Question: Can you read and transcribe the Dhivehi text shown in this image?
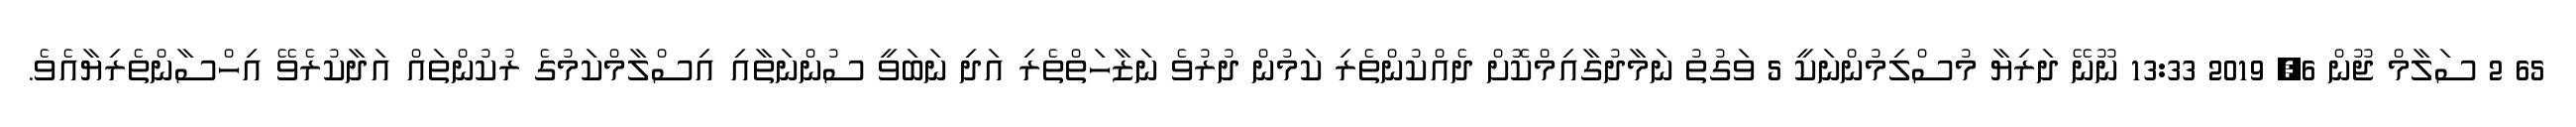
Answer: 65 2 ސަލާމް ޖޫން 6, 2019 13:33 ނޫނޭ ދަރިޔާ މުސްލިމުންނަކީ 5 ވަގުތު ނަމާދުގާއިމްކޮށް ދެއްކުންތެރި ކަމުން ދުރުވެ ނަޒާހަތްތެރި އަދި ނަބަވީ ސުންނަތާއި އިސްލާމްކަމުގެ ރުކުންތައް އަދާކުރެވޭ އިހްސާންތެރިޔާއެވެ.